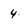
Character: 4